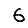
Digit: 6